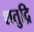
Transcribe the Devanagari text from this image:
शतुद्रि